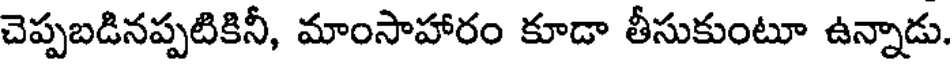
చెప్పబడినప్పటికినీ, మాంసాహారం కూడా తీసుకుంటూ ఉన్నాడు.